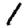
Digit: 1